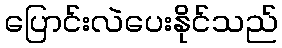
ပြောင်းလဲပေးနိုင်သည်